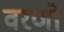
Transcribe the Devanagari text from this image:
वरणों